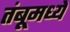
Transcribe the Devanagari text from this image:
तंबूमध्ये